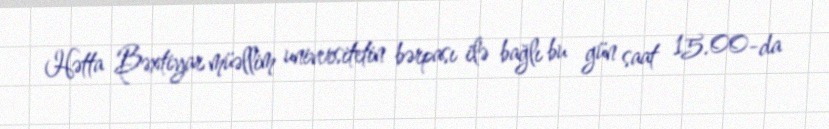
Hətta Bəxtiyar müəllim universitetin bərpası ilə bağlı bu gün saat 15.00-da